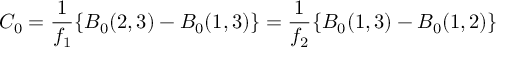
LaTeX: C _ { 0 } = \frac { 1 } { f _ { 1 } } \{ B _ { 0 } ( 2 , 3 ) - B _ { 0 } ( 1 , 3 ) \} = \frac { 1 } { f _ { 2 } } \{ B _ { 0 } ( 1 , 3 ) - B _ { 0 } ( 1 , 2 ) \}